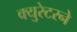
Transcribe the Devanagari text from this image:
क्युरेटरने